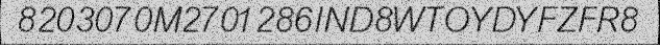
8203070M2701286IND8WTOYDYFZFR8